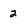
Character: 2